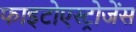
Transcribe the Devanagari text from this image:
फाइटोएस्ट्रोजेंस